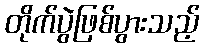
တိုက်ပွဲဖြစ်ပွားသည့်